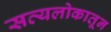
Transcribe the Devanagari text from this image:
सत्यलोकातून